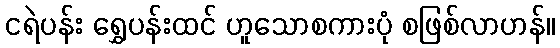
ငရဲပန်း ရွှေပန်းထင် ဟူသောစကားပုံ စဖြစ်လာဟန်။